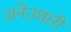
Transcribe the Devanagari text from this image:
जनेउधारी